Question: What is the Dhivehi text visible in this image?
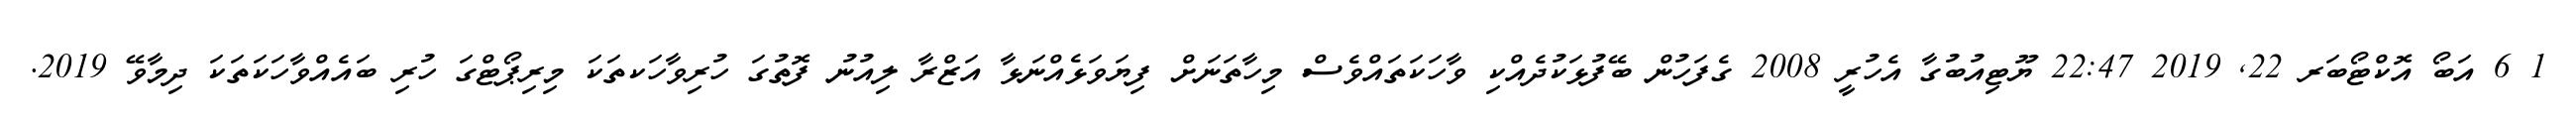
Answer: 1 6 އަބޯ އޮކްޓޯބަރ 22, 2019 22:47 ޔޫޓިއުބުގާ އެހުރީ 2008 ގެފަހުން ބޭފުޅަކުދެއްކި ވާހަކަތައްވެސް މިހާތަނަށް ފިޔަވަޅެއްނަޅާ އަޒްރާ ލިއުނު ފޮތުގަ ހުރިވާހަކތަކަ މިރިޕޯޓްގަ ހުރި ބައެއްވާހަކަތަކަ ދިމާވޭ 2019.